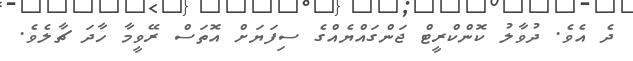
ދެ އެވެ. ދުވާލު ކޮންކްރީޓް ޖަންގައްޔެއްގެ ސިފަޔަށް އޮތަސް ރޭވީމާ ހާދަ ޗާލެވެ.